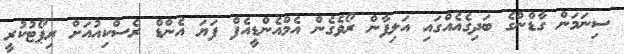
ސިނަމަން ގާޑްންގެ ބަދިގެއެއްގައި އަލިފާން ރޯވެގެން އެމްއެންޑީއެފް ފަޔަ އެންޑް ރެސްކިއުއަށް ރިޕޯޓުކުރީ